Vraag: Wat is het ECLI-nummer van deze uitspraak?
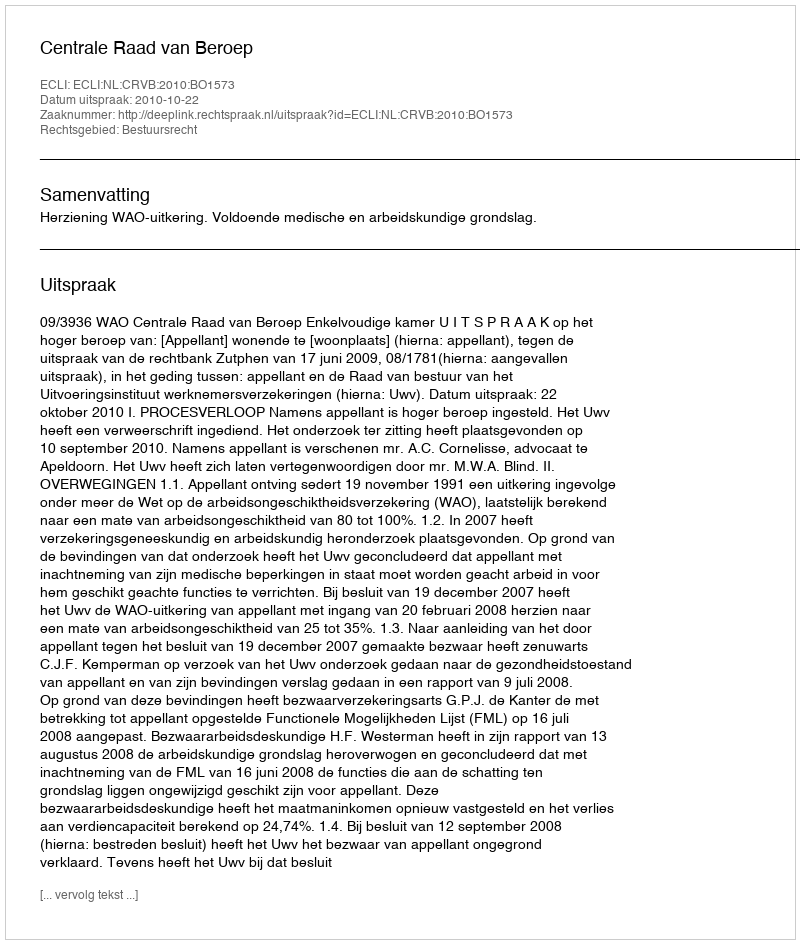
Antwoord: ECLI:NL:CRVB:2010:BO1573